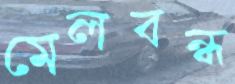
মেলবন্ধ